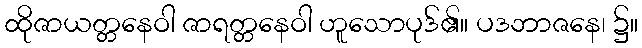
ထိုဇာယတ္တနေဝါ ဇာရတ္တနေဝါ ဟူသောပုဒ်၏။ ပဒဘာဇနေ၊ ၌။